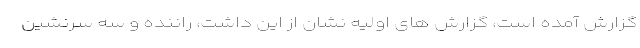
گزارش آمده است، گزارش های اولیه نشان از این داشت، راننده و سه سرنشین